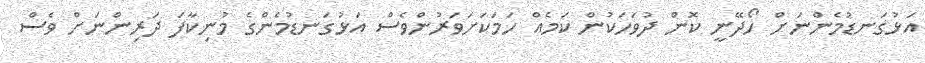
އަޅުގަނޑުމެންނަށް ހޯދޭނީ ކޮން ދުވަހަކުން ކަމެއް ހަމަކަށަވަރުންވެސް އަޅުގަނޑުމެންގެ މުނިކާފަ ދަރިންނަށް ވެސް